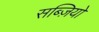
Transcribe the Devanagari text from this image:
सब्ज़ियो